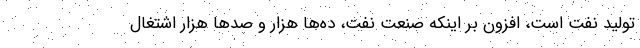
تولید نفت است، افزون بر اینکه صنعت نفت، ده‌ها هزار و صدها هزار اشتغال